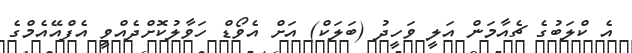
އެ ކްލަބުގެ ޗެއާމަން އަލީ ވަހީދު (ބަލަކް) އަށް އެވޯޑް ހަވާލުކޮށްދެއްވީ އެފްއޭއެމްގެ